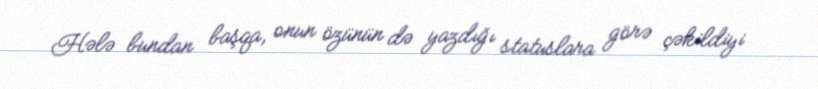
Hələ bundan başqa, onun özünün də yazdığı statuslara görə çəkildiyi